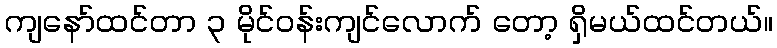
ကျနော်ထင်တာ ၃ မိုင်ဝန်းကျင်လောက် တော့ ရှိမယ်ထင်တယ်။